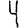
Digit: 4